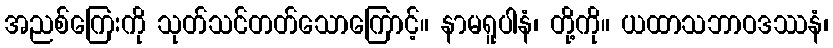
အညစ်ကြေးကို သုတ်သင်တတ်သောကြောင့်။ နာမရူပါနံ၊ တို့ကို။ ယထာသဘာဝဒဿနံ၊